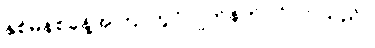
နှစ်မိနစ်ခန့်အကြာတွင် ဂျက်နက်ဝင်လာသည်။